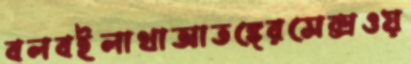
বলবইলাথাআতঙ্গেরসেক্সওয়